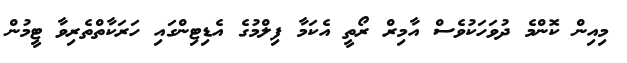
މިއިން ކޮންމެ ދުވަހަކުވެސް އާމިރް ރޯތީ އެކަމާ ފިލްމުގެ އެޑިޓިންގައި ހަރަކާތްތެރިވާ ޓީމުން